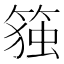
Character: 𰪋